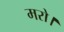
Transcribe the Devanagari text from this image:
मरो।